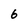
Character: 6